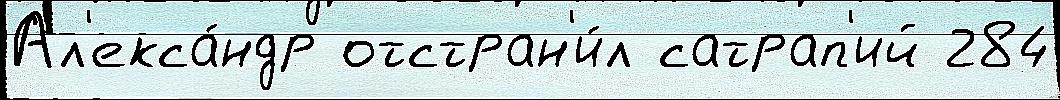
Ал'екса́ндр отстран'и́л сатрап'ий 284